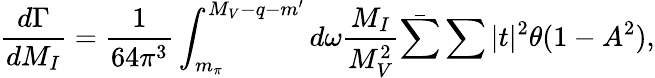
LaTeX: \frac{d\Gamma}{dM_{I}}=\frac{1}{64\pi^{3}}\int_{m_{\pi}}^{M_{V}-q-m^{\prime}}d\omega\frac{M_{I}}{M_{V}^{2}}\bar{\sum}\sum|t|^{2}\theta(1-A^{2}),